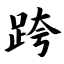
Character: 跨